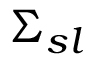
\Sigma _ { s l }